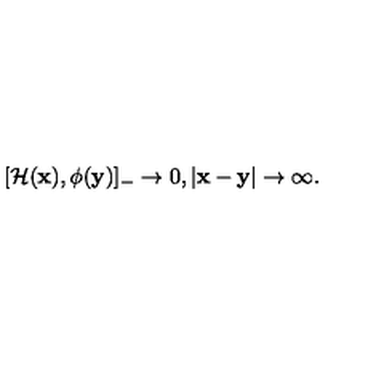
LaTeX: [ { \cal H } ( { \bf x } ) , \phi ( { \bf y } ) ] _ { - } \rightarrow 0 , | { \bf x } - { \bf y } | \rightarrow \infty .